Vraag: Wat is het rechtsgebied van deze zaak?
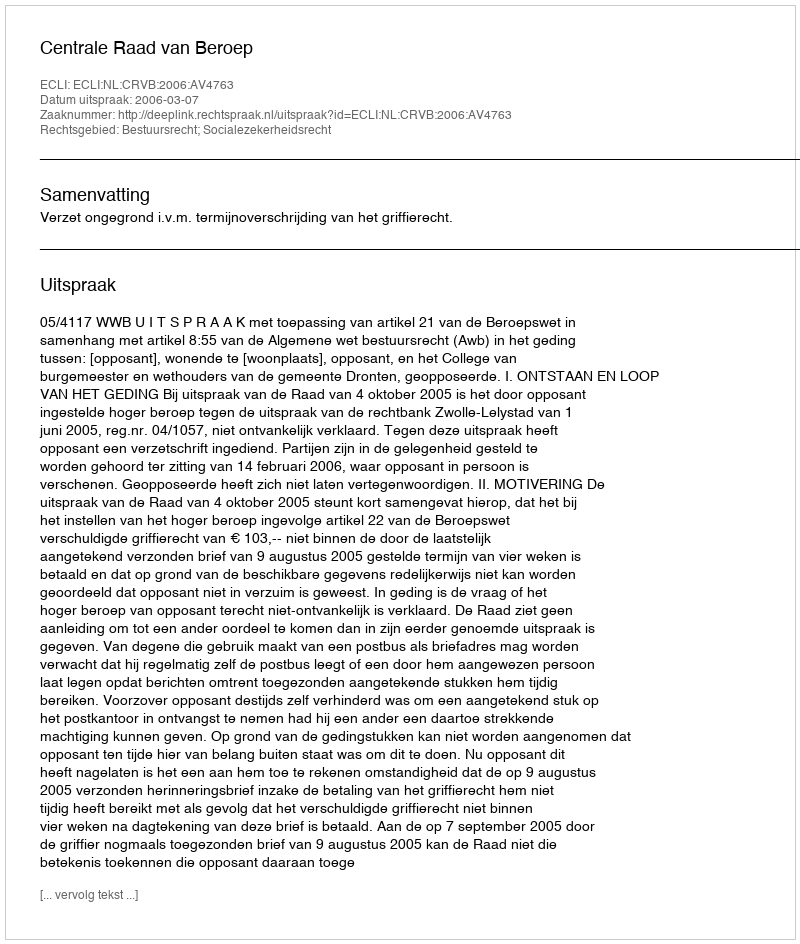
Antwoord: Bestuursrecht; Socialezekerheidsrecht